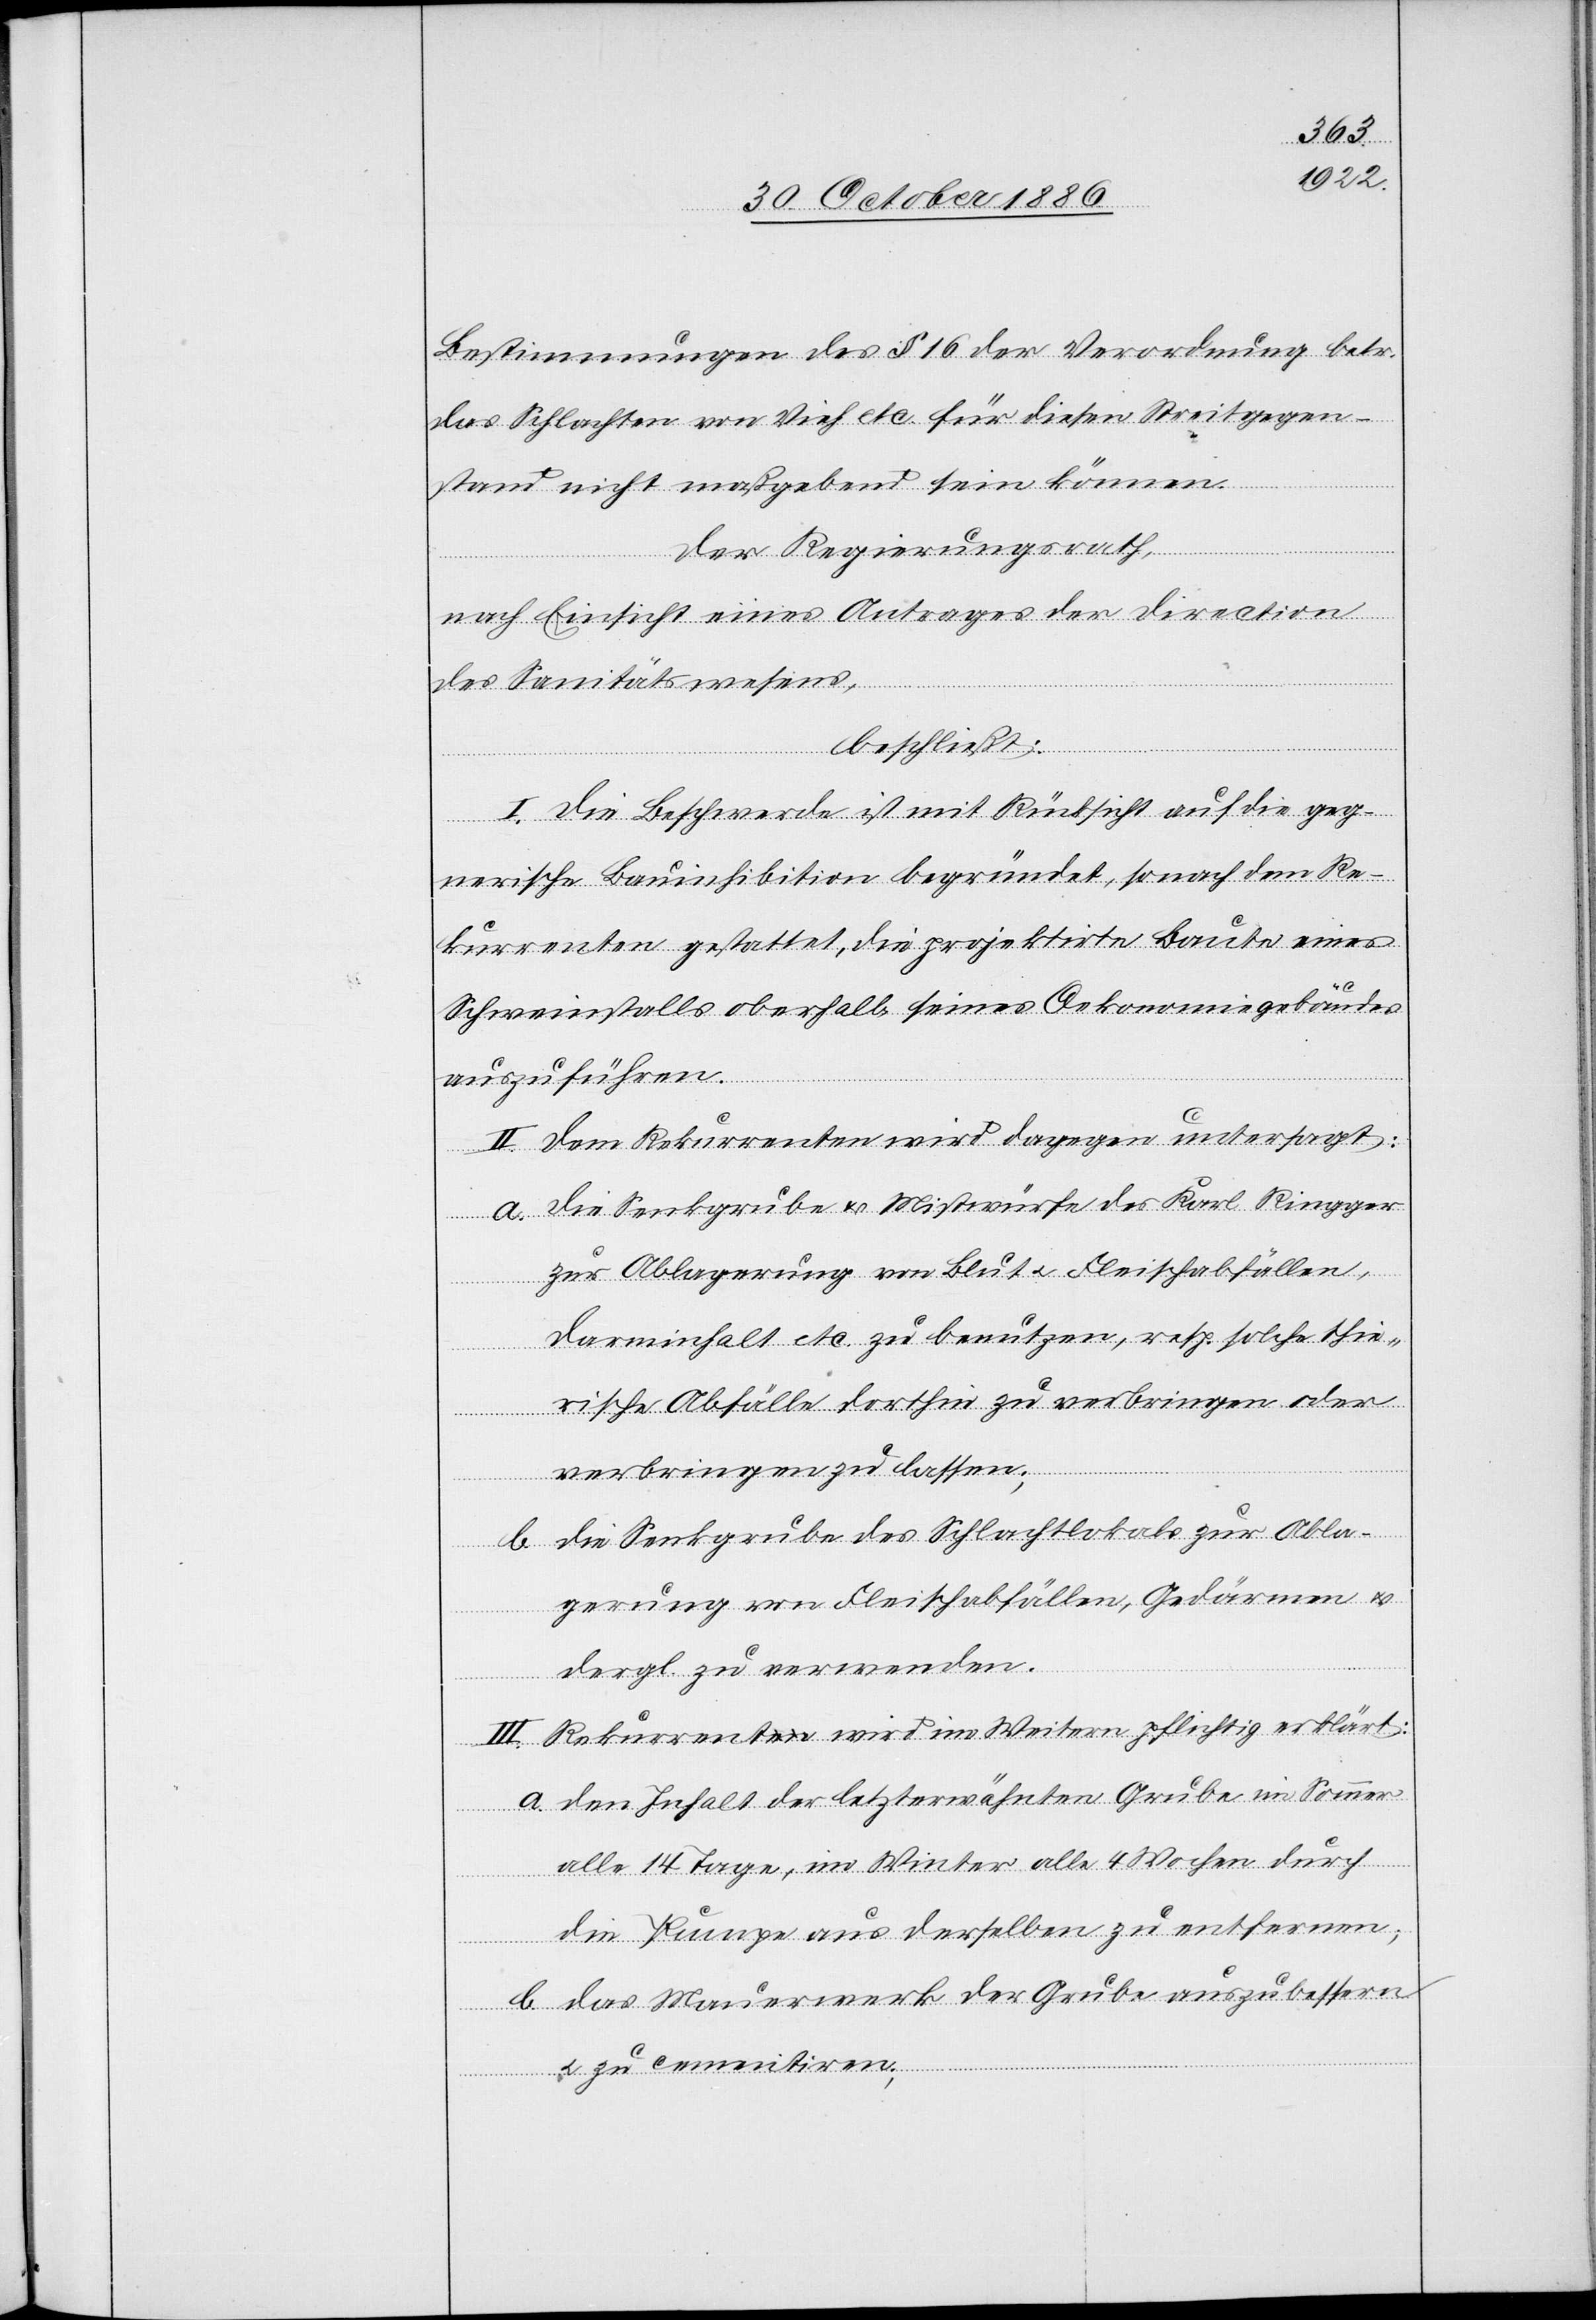
Bestimmungen des § 16 der Verordnung betr.
das Schlachten von Vieh etc. für diesen Streitgegen¬
stand nicht maßgebend sein können.
Der Regierungsrath,
nach Einsicht eines Antrages der Direction
des Sanitätswesens,
beschließt:
I. Die Beschwerde ist mit Rücksicht auf die geg¬
nerische Bauinhibition begründet, sonach dem Re¬
kurrenten gestattet, die projektirte Baute eines
Schweinstalls oberhalb seines Oekonomiegebäudes
auszuführen.
II. Dem Rekurrenten wird dagegen untersagt:
a. die Senkgrube & Mistwürfe des Karl Ringger
zur Ablagerung von Blut & Fleischabfällen,
Darminhalt etc. zu benutzen, resp. solche thie¬
rische Abfälle dorthin zu verbringen oder
verbringen zu lassen;
b. die Senkgrube des Schlachtlokals zur Abla¬
gerung von Fleischabfällen, Gedärmen &
dergl. zu verwenden.
III. Rekurrent wird im Weitern pflichtig erklärt:
a. den Inhalt der letzterwähnten Grube im Sommer
alle 14 Tage, im Winter alle 4 Wochen durch
die Pumpe aus derselben zu entfernen;
b. das Mauerwerk der Grube auszubessern
& zu cementiren;